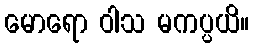
မောရော ဝါသ မကပ္ပယိ။